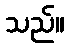
သည်။